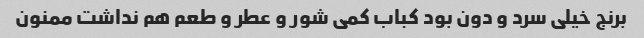
برنج خیلی سرد و دون بود کباب کمی شور و عطر و طعم هم نداشت ممنون